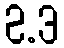
2.3